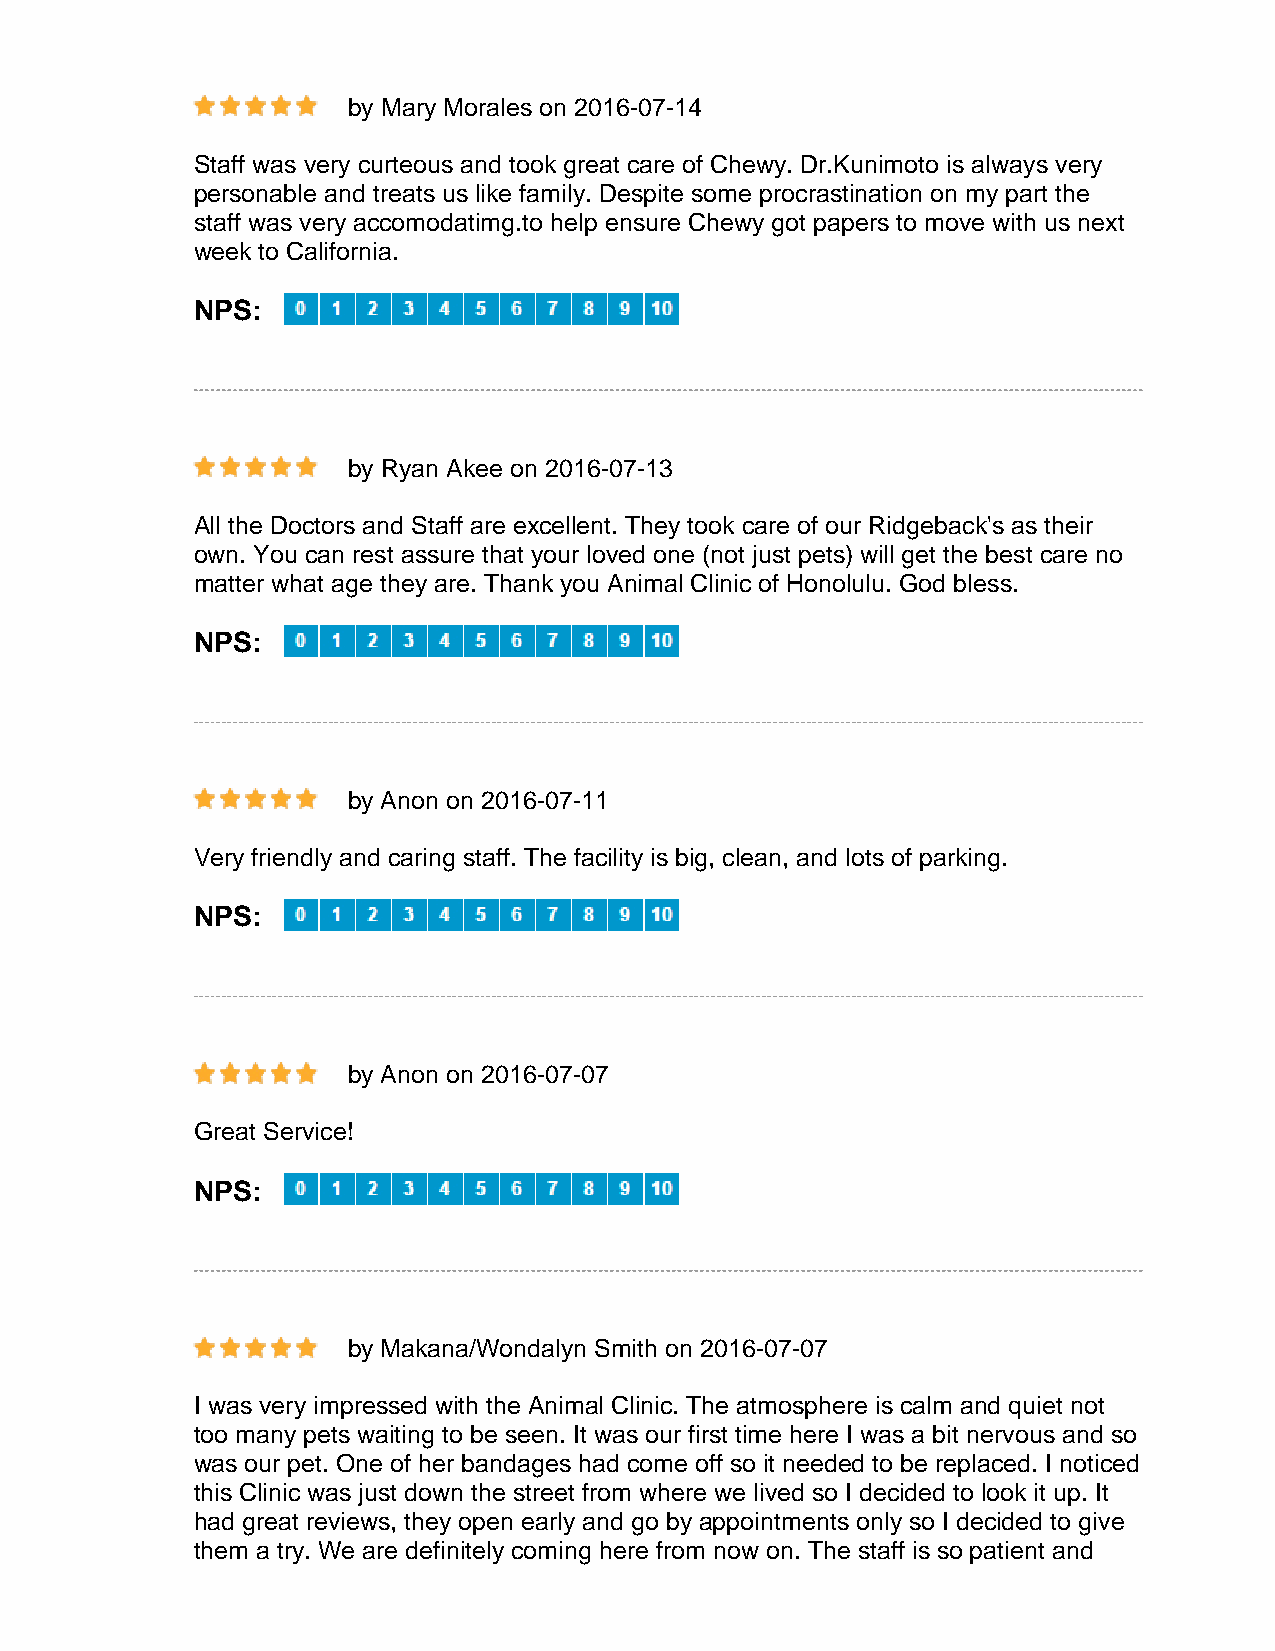
by Mary Morales on 2016-07-14
 Staff was very curteous and took great care of Chewy. Dr.Kunimoto is always very
 personable and treats us like family. Despite some procrastination on my part the
 staff was very accomodatimg.to help ensure Chewy got papers to move with us next
 week to California.
 NPS:
 by Ryan Akee on 2016-07-13
 All the Doctors and Staff are excellent. They took care of our Ridgeback's as their
 own. You can rest assure that your loved one (not just pets) will get the best care no
 matter what age they are. Thank you Animal Clinic of Honolulu. God bless.
 NPS:
 by Anon on 2016-07-11
 Very friendly and caring staff. The facility is big, clean, and lots of parking.
 NPS:
 by Anon on 2016-07-07
 Great Service!
 NPS:
 by Makana/Wondalyn Smith on 2016-07-07
 I was very impressed with the Animal Clinic. The atmosphere is calm and quiet not
 too many pets waiting to be seen. It was our first time here I was a bit nervous and so
 was our pet. One of her bandages had come off so it needed to be replaced. I noticed
 this Clinic was just down the street from where we lived so I decided to look it up. It
 had great reviews, they open early and go by appointments only so I decided to give
 them a try. We are definitely coming here from now on. The staff is so patient and